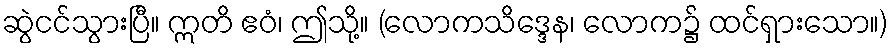
ဆွဲငင်သွားပြီ။ ဣတိ ဧဝံ၊ ဤသို့။ (လောကသိဒ္ဒေန၊ လောက၌ ထင်ရှားသော။)